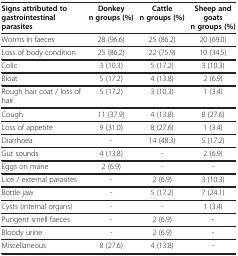
| Signs attributed to gastrointestinal parasites | Donkey n groups (%) | Cattle n groups (%) | Sheep and goats n groups (%) |
 | --- | --- | --- | --- |
 | Worms in faeces | 28 (96.6) | 25 (86.2) | 20 (69.0) |
 | Loss of body condition | 25 (86.2) | 22 (75.9) | 10 (34.5) |
 | Colic | 3 (10.3) | 5 (17.2) | 3 (10.3) |
 | Bloat | 5 (17.2) | 4 (13.8) | 2 (6.9) |
 | Rough hair coat / loss of hair | 5 (17.2) | 3 (10.3) | 1 (3.4) |
 | Cough | 11 (37.9) | 4 (13.8) | 8 (27.6) |
 | Loss of appetite | 9 (31.0) | 8 (27.6) | 1 (3.4) |
 | Diarrhoea | - | 14 (48.3) | 5 (17.2) |
 | Gut sounds | 4 (13.8) | - | 2 (6.9) |
 | Eggs on mane | 2 (6.9) | - | - |
 | Lice / external parasites | - | 2 (6.9) | 3 (10.3) |
 | Bottle jaw | - | 5 (17.2) | 7 (24.1) |
 | Cysts (internal organs) | - | - | 1 (3.4) |
 | Pungent smell faeces | - | 2 (6.9) | - |
 | Bloody urine | - | 2 (6.9) | - |
 | Miscellaneous | 8 (27.6) | 4 (13.8) | - |